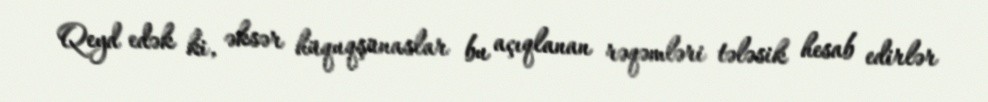
Qeyd edək ki, əksər hüquqşünaslar bu açıqlanan rəqəmləri tələsik hesab edirlər